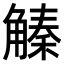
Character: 𧤛